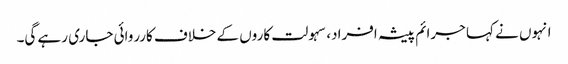
انہوں نے کہا جرائم پیشہ افراد، سہولت کاروں کے خلاف کارروائی جاری رہے گی۔